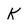
Character: K